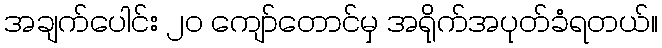
အချက်ပေါင်း ၂၀ ကျော်တောင်မှ အရိုက်အပုတ်ခံရတယ်။